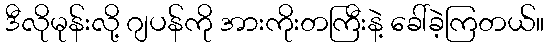
ဒီလိုမုန်းလို့ ဂျပန်ကို အားကိုးတကြီးနဲ့ ခေါ်ခဲ့ကြတယ်။